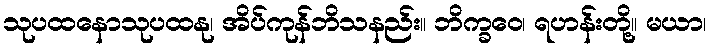
သုပထနောသုပထနု၊ အိပ်ကုန်ဘိသနည်း။ ဘိက္ခဝေ၊ ရဟန်းတို့။ မယာ၊